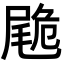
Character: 𡳀